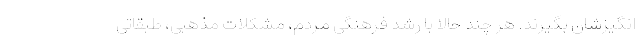
انگیزشان بگیرند. هر چند حالا با رشد فرهنگی مردم، مشکلات مذهبی، طبقاتی